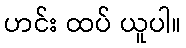
ဟင်း ထပ် ယူပါ။